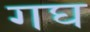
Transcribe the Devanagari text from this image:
गघ